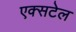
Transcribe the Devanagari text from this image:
एक्सटेल